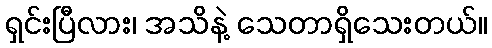
ရှင်းပြီလား၊ အသိနဲ့ သေတာရှိသေးတယ်။